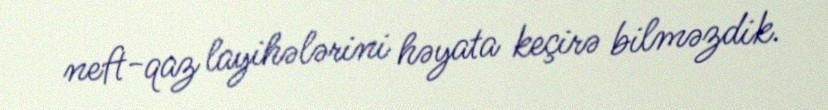
neft-qaz layihələrini həyata keçirə bilməzdik.